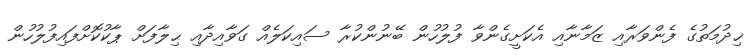
ޚިދުމަތުގެ ފެންވަރާއި ޒަމާނާއި އެކަށީގެންވާ ފުލުހުން ބޭނުންކުރާ ސައިކަލެއް ގަވާއިދާއި ޙިލާފަށް ޕާކުކޮށްފައިފުލުހުން